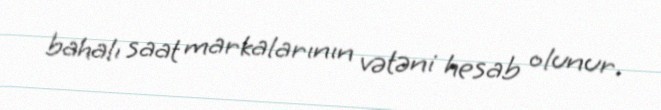
bahalı saat markalarının vətəni hesab olunur.